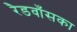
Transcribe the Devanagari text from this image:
रैडवाँसका